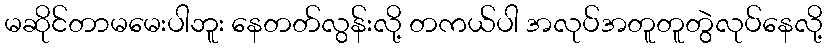
မဆိုင်တာမမေးပါဘူး နေတတ်လွန်းလို့ တကယ်ပါ အလုပ်အတူတူတွဲလုပ်နေလို့